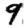
Digit: 9